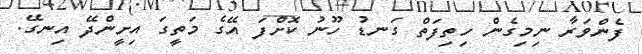
ފެންވަރާ ނިމިގެން ހިތިފަތް ގަނޑު ހޫނު ކޮށްފަ އޭގެ މަތީގަ އިށީންދޭ އިނގޭ.